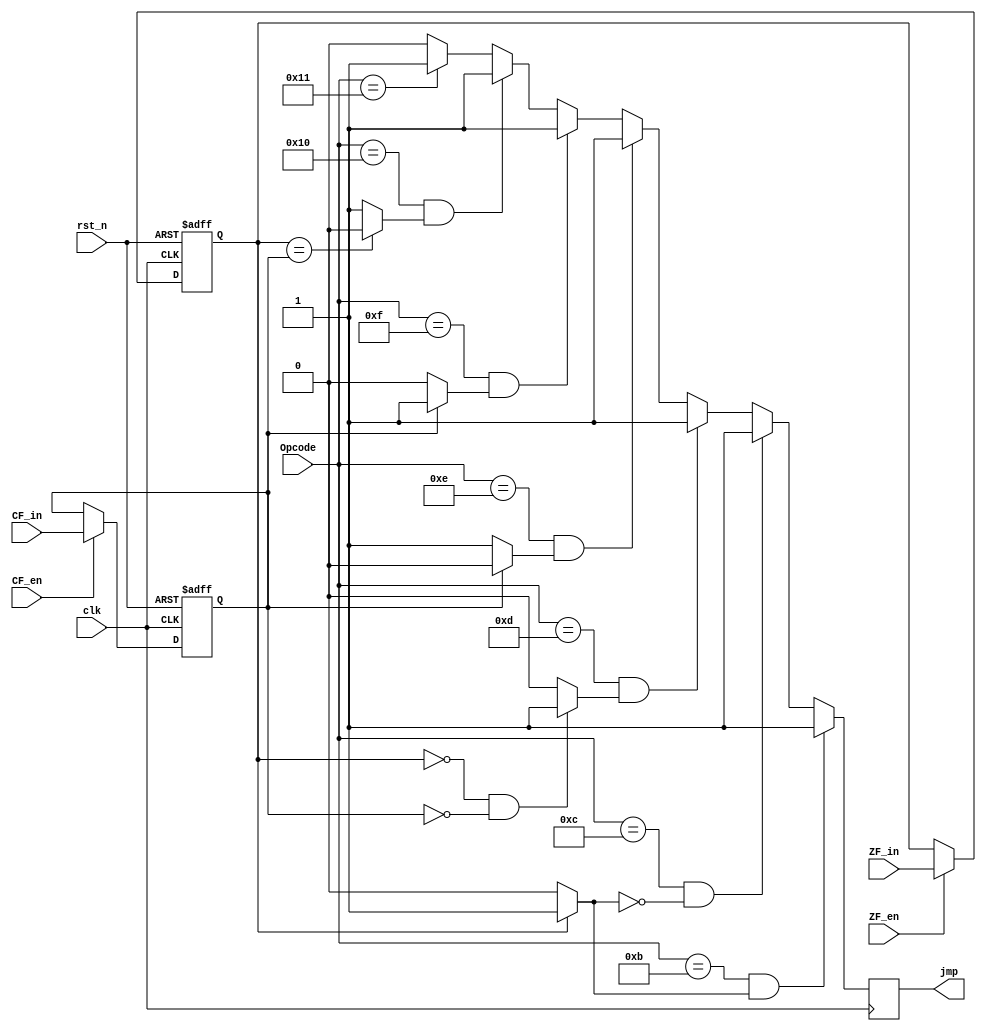
module psw(
input clk,
input rst_n,
input CF_en,
input ZF_en,
input CF_in,
input ZF_in,
input[4:0] Opcode,
output reg jmp
  );
reg ZF;
reg CF;
wire EQ;
wire NE;
wire HI;
wire HS;
wire LO;
wire LS;

assign EQ = ZF ? 1'b1:1'b0;
assign NE = ~EQ;
assign HI = ((~ZF)&(~CF)) ? 1'b1 : 1'b0;
assign HS = (~CF)?1'b1 : 1'b0;
assign LO = CF ? 1'b1 : 1'b0;
assign LS = ~(ZF == CF) ? 1'b1 : 1'b0;

always @(posedge clk ) 
begin
  if(Opcode == 5'b01011 & EQ == 1'b1)
     jmp <= 1'b1;
  else if(Opcode == 5'b01100 & NE == 1'b1)
     jmp <= 1'b1;
  else if(Opcode == 5'b01101 & HI == 1'b1)
     jmp <= 1'b1;
  else if(Opcode == 5'b01110 & HS == 1'b1)
     jmp <= 1'b1;
  else if(Opcode == 5'b01111 & LO == 1'b1)
     jmp <= 1'b1;
  else if(Opcode == 5'b10000 & LS == 1'b1)
     jmp <= 1'b1;
  else if(Opcode == 5'b10001 )
     jmp <= 1'b1;
  else 
     jmp <=1'b0;

end

always @(posedge clk or negedge rst_n) begin
  if (!rst_n) begin
      ZF <= 1'b0;
      CF <= 1'b0;
      
  end
  else  begin
      if(CF_en == 1'b1)
         CF <= CF_in;
      if(ZF_en == 1'b1)
         ZF <= ZF_in;
         
  end
end
endmodule